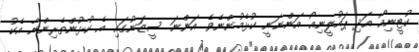
ކުޓީނިއޯ އަދި ޕައުލީނިއޯ އަންނަނީ ކުޅެމުންނެވެ. އަންނަ ސީޒަނުގައި އެ ކުޅުންތެރިންނާ އެކު